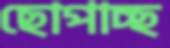
ছোপাচ্ছ